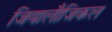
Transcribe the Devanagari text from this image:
जियालौजिकल